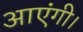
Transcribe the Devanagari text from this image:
आएंगी।